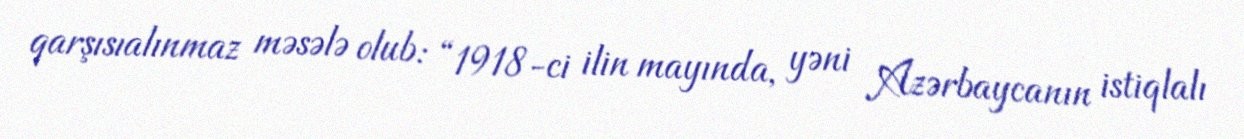
qarşısıalınmaz məsələ olub: “1918-ci ilin mayında, yəni Azərbaycanın istiqlalı